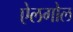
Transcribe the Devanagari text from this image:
ऐलगोल